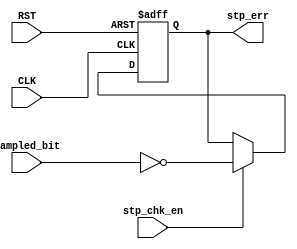
module stop_check (
  input       stp_chk_en, sampled_bit,
  input       CLK, RST,
  output reg  stp_err
  );
  
  
  always @(posedge CLK or negedge RST)
    begin
      if (!RST)
        begin
          stp_err <= 1'b0;
        end
      else if (stp_chk_en)
        begin
          stp_err <= ~sampled_bit;
        end
    end
endmodule